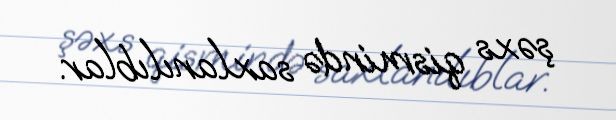
şəxs qismində saxlanılıblar.